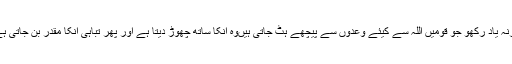
ورنہ یاد رکھو جو قومیں اللہ سے کیئے وعدوں سے پیچھے ہٹ جاتی ہیںوہ انکا ساتھ چھوڑ دیتا ہے اور پھر تباہی انکا مقدر بن جاتی ہے۔